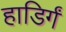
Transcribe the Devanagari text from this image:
हाडिर्गं